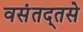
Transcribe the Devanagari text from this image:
वसंतद्तसे